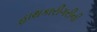
હાથકારીગરીની